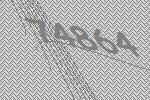
74864